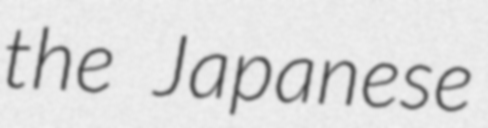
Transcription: the Japanese